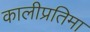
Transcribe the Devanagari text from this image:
कालीप्रतिमा